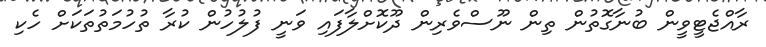
ރާއްޖެޓީވީން ބުނާގޮތުން ތިން ނޫސްވެރިން ދޫކޮށްލާފައި ވަނީ ފުލުހުން ކުރާ ތުހުމަތުތަކަށް ހެކި